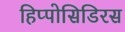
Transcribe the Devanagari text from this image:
हिप्पोसिडिरस